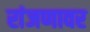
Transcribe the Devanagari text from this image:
रांजणावर